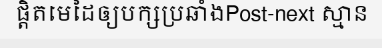
ផ្តិតមេដៃឲ្យបក្សប្រឆាំងPost-next ស្មាន